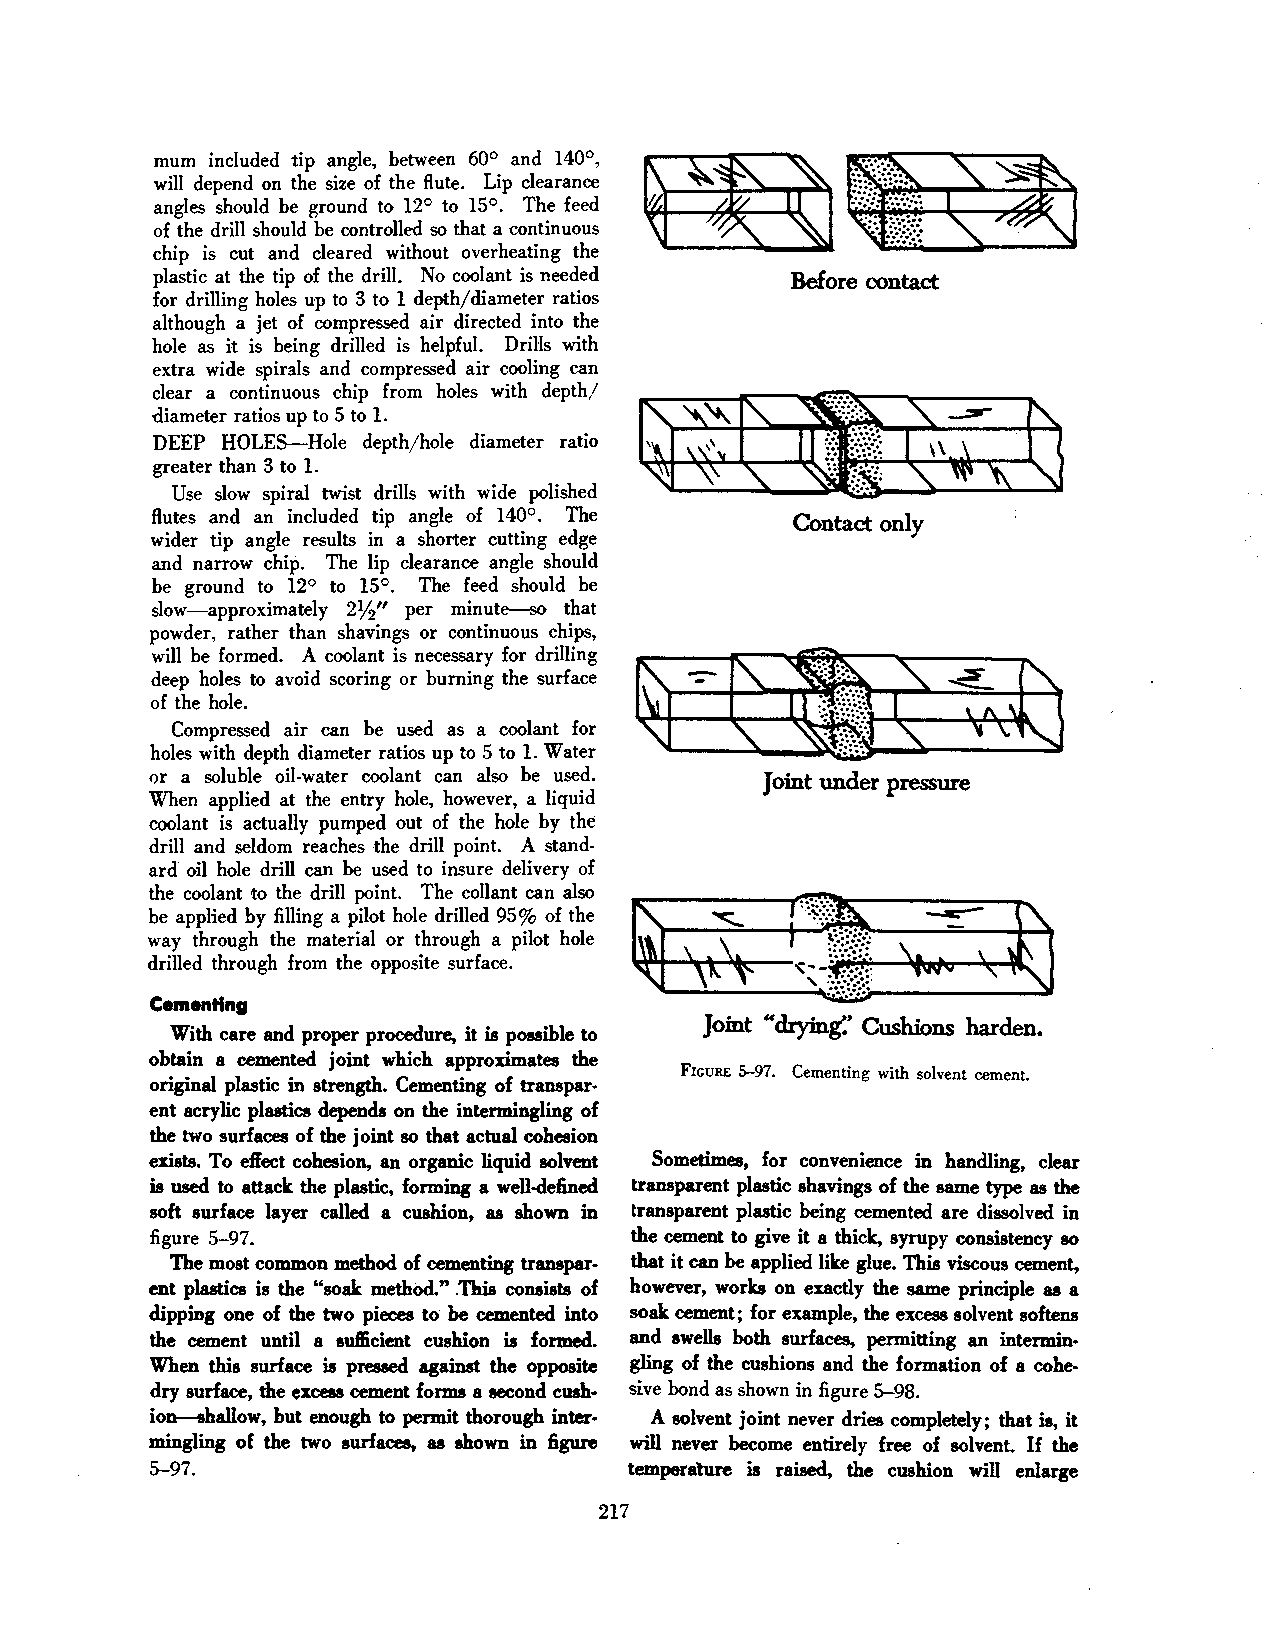
mum included tip angle, between 60° and 140°,
 will depend on the size of the flute. Lip clearance
 angles should he ground to 12° to 15°. The feed
 of the drill should he controlled so that a continuous
 chip is cut and cleared without overheating the
 plastic at the tip of the drill. No coolant is needed Before contact
 for drilling holes up to 3 to 1 depth/d iameter ratios
 although a jet of compressed air directed into the
 hole as it is being drilled is helpful. Drills with
 extra wide spirals and compressed air cooling. can
 clear a continuous chip from holes with depth/
 diameter ratios up to 5 to 1.
 DEEP HOLES-Hole depth/hole diameter ratio
 greater than 3 to 1.
 Use slow spiral twist drills with wide polished
 flutes and an included tip angle of 140°. The Contact only
 wider tip angle results in a shorter cutting edge
 and narrow chip. The lip clearance angle should
 he ground to 12° to 15°. The feed should he
 slow-approximately 2%" per minute-so that
 powder, rather than shavings or continuous chips,
 will he formed. A coolant is necessary for drilling
 deep holes to avoid scoring or burning the surface
 of the hole.
 Compressed air can he used as a coolant for
 holes with depth diameter ratios up to 5 to 1. Water
 or a soluble oil-water coolant can also he used. Joint under pressure
 When applied at the entry hole, however, a liquid
 coolant is actually pumped out of the hole by the
 drill and seldom reaches the drill point. A stand
 ard oil hole drill can he used to insure delivery of
 the coolant to the drill point. The collant can also
 he applied hy filling a pilot hole drilled 95% of the
 way through the material or through a pilot hole
 drilled through from the opposite surface.
 Cementing
 Joint ""drying:' Cushions harden.
 With care and proper procedure, it is possible to
 obtain a cemented joint which approximates the
 FIGURE 5-97. Cementing with solvent cemenL
 original plastic in strength. Cementing of transpar
 ent acrylic plastics depends on the intermingling of
 the two surfaces of the joint so that actual cohesion
 exists. To eftect cohesion, an organic liquid solvent Sometimes, for convenience in handling, clear
 is used to attack the plastic, forming a well-defined transparent plastic shavings of the same type as the
 soft surface layer called a cushion, as shown in transparent plastic being cemented are dissolved in
 figure 5-97.                    the cement to give it a thick, syrupy consistency so
 The most common method of cementing transpar that it can be applied like glue. This viscous cement,
 ent plastics is the "soak method." .This consists of however, works on exactly the same principle as a
 dipping one of the two pieces to be cemented into soak cement; for example, the excess solvent softens
 the cement until a sufticient cushion is formed. and swells both surfaces, permitting an intermin·
 When this surface is pressed against the opposite gling of the cushions and the formation of a cohe
 dry surface, the exceu cement forms a second cush sive bond as shown in figure 5-98.
 io~allow, but enough to permit thorough inter A solvent joint never dries completely; that is, it
 mingling of the two surfaces, as shown in figure wiD never become entirely free of solvent. If the
 5-97.                           temperature is raised, the cushion will enlarge
 217